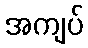
အကျပ်